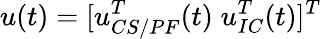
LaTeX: u(t)=[u_{CS/PF}^{T}(t)\; u_{IC}^{T}(t)]^{T}